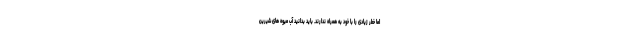
اما خطر زیادی را با خود به همراه ندارند. باید بدانید آب میوه های شیرین